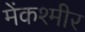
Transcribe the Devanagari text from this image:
मेंकश्मीर